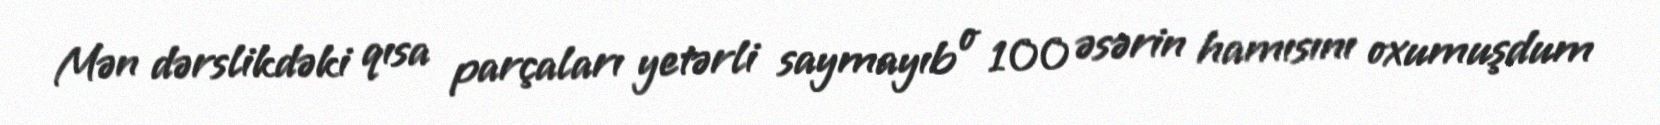
Mən dərslikdəki qısa parçaları yetərli saymayıb o 100 əsərin hamısını oxumuşdum